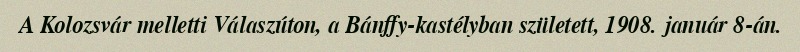
A Kolozsvár melletti Válaszúton, a Bánffy-kastélyban született, 1908. január 8-án.